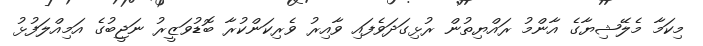
މިކަމާ މެލޭޝިޔާގެ އާންމު ރައްޔިތުން ރުޅިގަދަވެފައި ވާއިރު ވެރިކަންކުރާ ބޮޑުވަޒީރު ނަޖީބުގެ އަމިއްލަފުޅު